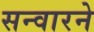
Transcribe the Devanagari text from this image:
सन्वारने